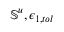
\mathbb { S } ^ { u } , \epsilon _ { 1 , t o l }